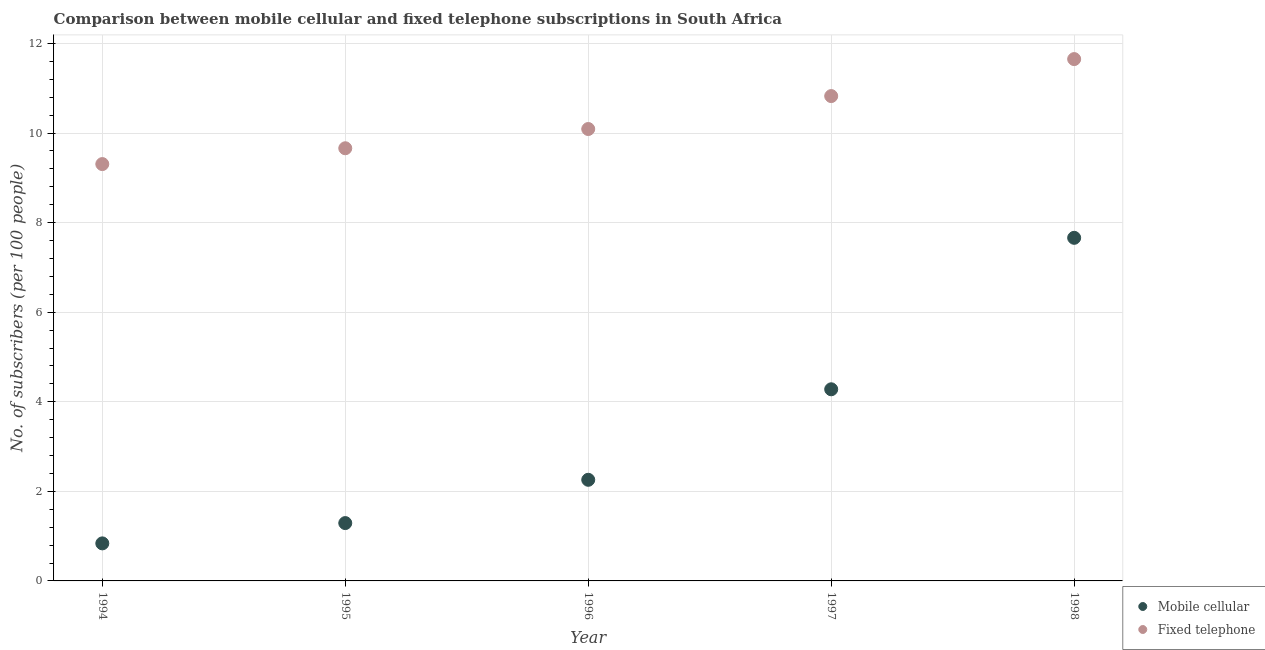
| Year | Mobile cellular | Fixed telephone |
 | --- | --- | --- |
 | 1994 | 0.838 | 9.31 |
 | 1995 | 1.29 | 9.66 |
 | 1996 | 2.26 | 10.1 |
 | 1997 | 4.28 | 10.8 |
 | 1998 | 7.66 | 11.7 |